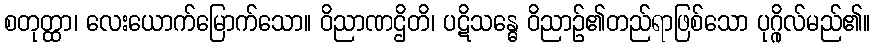
စတုတ္ထာ၊ လေးယောက်မြောက်သော။ ဝိညာဏဌိတိ၊ ပဋိသန္ဓေ ဝိညာဉ်၏တည်ရာဖြစ်သော ပုဂ္ဂိုလ်မည်၏။